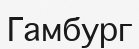
Гамбург